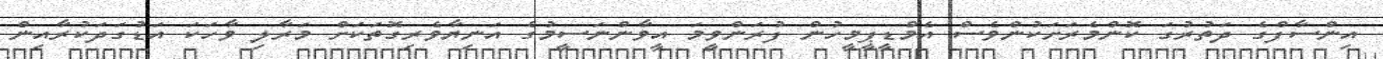
އިންސާފްގެ ދަތުރުގަ ކޮންމެރަށަކުންވެސް އެމްޑީޕީމީހުން ފުރަންވީމަ އީވާންނަސީމުގެ އަނިޔާވެރިގޮތަކަށް މަރާލި ވާހަކަ އަޑުގަދަކުރާއިން